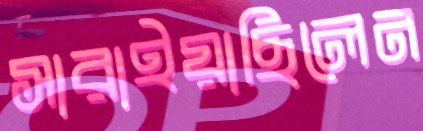
সারাইয়াছিলেন